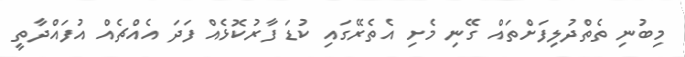
މިބުނި ތެތްދުލިފަށްތައް ގޭނި މެށި އެތެރޭގައި ކުޑަ ފާރުކޮޅެއް ފަދަ އެއްޗެއް އުފައްދާތީ